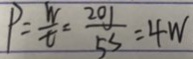
P = \frac { W } { t } = \frac { 2 0 J } { 5 s } = 4 W